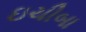
ઇચીબા